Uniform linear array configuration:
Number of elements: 64
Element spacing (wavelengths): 0.75
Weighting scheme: blackman
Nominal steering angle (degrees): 60
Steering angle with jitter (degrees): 58.984
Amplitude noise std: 0.05
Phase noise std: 0.05

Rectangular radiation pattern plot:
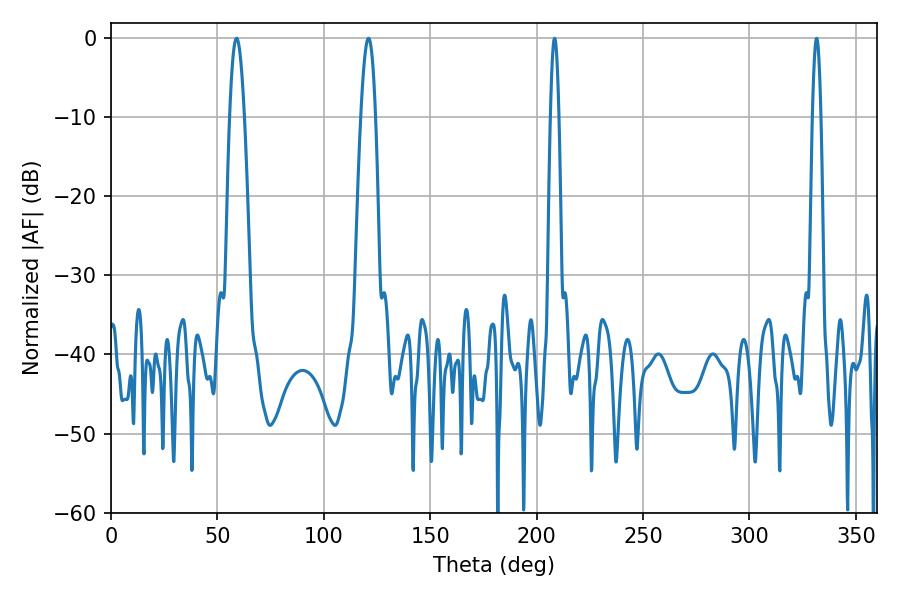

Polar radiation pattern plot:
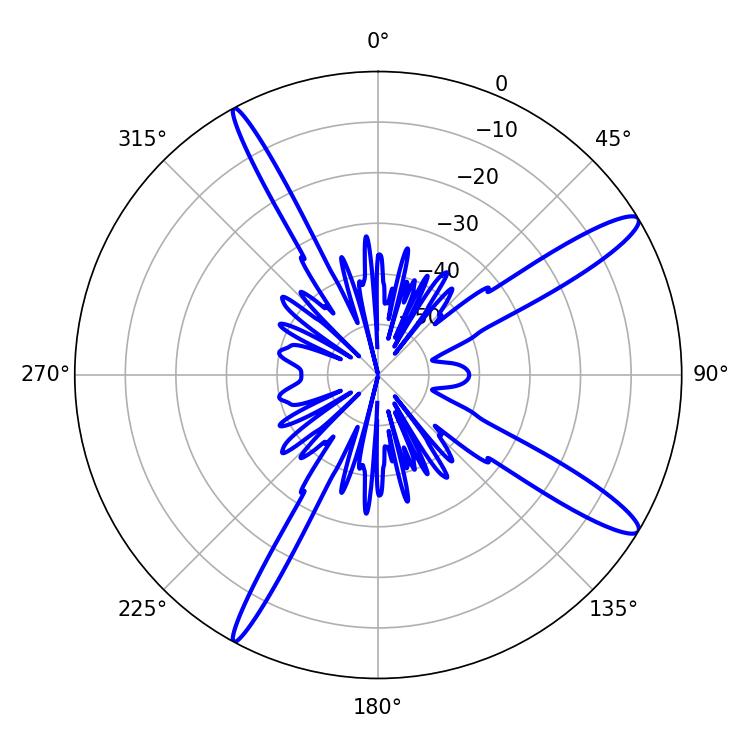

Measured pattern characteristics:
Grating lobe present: TRUE
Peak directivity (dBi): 13.789
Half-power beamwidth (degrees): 2.16
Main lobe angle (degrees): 331.56